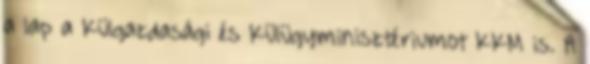
a lap a Külgazdasági és Külügyminisztériumot KKM is. A